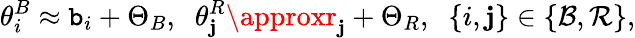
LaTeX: \theta_{i}^{B}\approx\mathtt{b}_{i}+\Theta_{B},\; \; \theta_{\mathbf{j}}^{R}\approxr_{\mathbf{j}}+\Theta_{R},\; \; \{ i,\mathbf{j}\} \in\{ \mathcal{{B}},\mathcal{{R}}\} ,